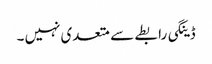
ڈینگی رابطے سے متعدی نہیں ۔